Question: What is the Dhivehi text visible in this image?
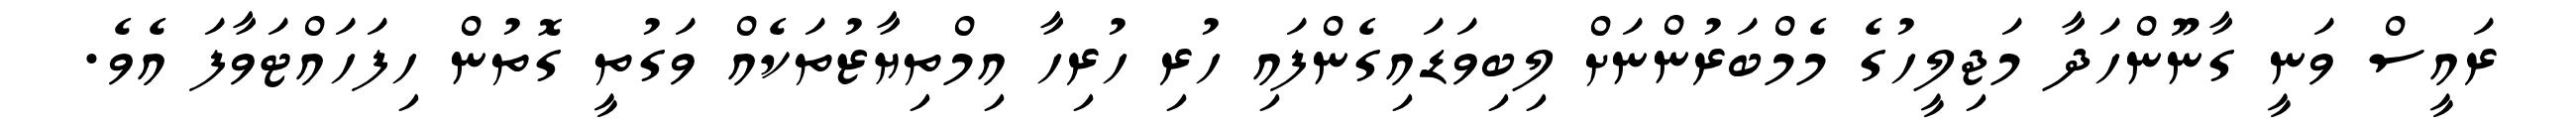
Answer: ރައީސް ވަނީ ގާނޫންހަދާ މަޖިލީހުގެ މެމްބަރުންނަށް ލިބިވަޑައިގެންފައި ހުރި ހުރިހާ އިމްތިޔާޒުތަކެއް ވަގުތީ ގޮތުން ހިފަހައްޓަވާފަ އެވެ.